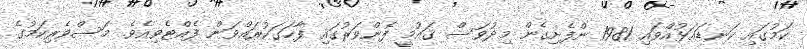
ކަމުގައި ކަނޑައަޅުއްވައި 1981 ންފެށިގެން މިދުވަސް ޤައުމީ ފެންވަރުގައި ފާހަގަކުރައްވަން ފެއްޓެވިއެވެ. މަސްވެރިކަމުގެ